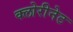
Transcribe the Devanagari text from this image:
क्लोरीनेट